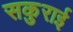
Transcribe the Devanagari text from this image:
सकुराई